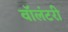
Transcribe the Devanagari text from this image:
वाॅलंटरी